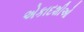
એકાદશીઓ